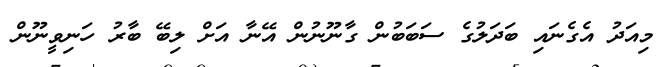
މިއަދު އެގެނައި ބަދަލުގެ ސަބަބުން ގާނޫނުން އޭނާ އަށް ލިބޭ ބާރު ހަނިވީނޫން